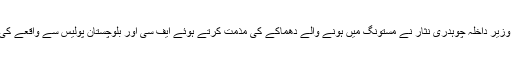
دوسری جانب وفاقی وزیر داخلہ چوہدری نثار نے مستونگ میں ہونے والے دھماکے کی مذمت کرتے ہوئے ایف سی اور بلوچستان پولیس سے واقعے کی رپورٹ طلب کرلی۔